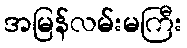
အမြန်လမ်းမကြီး